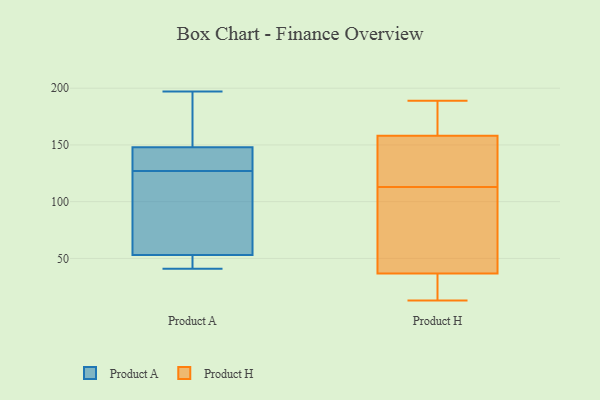
{"axis": {"x": "Page Views", "y": "Value"}, "legend": ["Product A", "Product H"], "data": [{"x": "", "y": 41, "type": "Product A"}, {"x": "", "y": 137, "type": "Product A"}, {"x": "", "y": 147, "type": "Product A"}, {"x": "", "y": 53, "type": "Product A"}, {"x": "", "y": 122, "type": "Product A"}, {"x": "", "y": 197, "type": "Product A"}, {"x": "", "y": 182, "type": "Product A"}, {"x": "", "y": 84, "type": "Product A"}, {"x": "", "y": 42, "type": "Product A"}, {"x": "", "y": 148, "type": "Product A"}, {"x": "", "y": 52, "type": "Product A"}, {"x": "", "y": 153, "type": "Product A"}, {"x": "", "y": 105, "type": "Product A"}, {"x": "", "y": 176, "type": "Product A"}, {"x": "", "y": 94, "type": "Product A"}, {"x": "", "y": 147, "type": "Product A"}, {"x": "", "y": 132, "type": "Product A"}, {"x": "", "y": 50, "type": "Product A"}, {"x": "", "y": 113, "type": "Product H"}, {"x": "", "y": 118, "type": "Product H"}, {"x": "", "y": 189, "type": "Product H"}, {"x": "", "y": 37, "type": "Product H"}, {"x": "", "y": 137, "type": "Product H"}, {"x": "", "y": 179, "type": "Product H"}, {"x": "", "y": 78, "type": "Product H"}, {"x": "", "y": 28, "type": "Product H"}, {"x": "", "y": 128, "type": "Product H"}, {"x": "", "y": 189, "type": "Product H"}, {"x": "", "y": 36, "type": "Product H"}, {"x": "", "y": 13, "type": "Product H"}, {"x": "", "y": 181, "type": "Product H"}, {"x": "", "y": 52, "type": "Product H"}, {"x": "", "y": 151, "type": "Product H"}, {"x": "", "y": 21, "type": "Product H"}, {"x": "", "y": 96, "type": "Product H"}]}